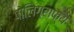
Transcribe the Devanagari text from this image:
पोलिग्राफ्य